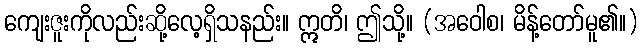
ကျေးဇူးကိုလည်းဆို့လေ့ရှိသနည်း။ ဣတိ၊ ဤသို့။ (အဝေါစ၊ မိန့်တော်မူ၏။)